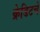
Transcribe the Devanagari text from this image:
क्रेडिटचे